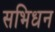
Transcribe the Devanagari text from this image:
सभिधन